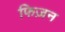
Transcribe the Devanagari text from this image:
फिज़न